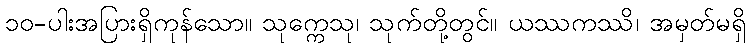
၁၀-ပါးအပြားရှိကုန်သော။ သုက္ကေသု၊ သုက်တို့တွင်။ ယဿကဿိ၊ အမှတ်မရှိ